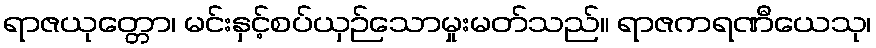
ရာဇယုတ္တော၊ မင်းနှင့်စပ်ယှဉ်သောမှုးမတ်သည်။ ရာဇကရဏီယေသု၊